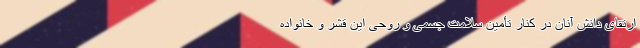
ارتقای دانش آنان در کنار تأمین سلامت جسمی و روحی این قشر و خانواده